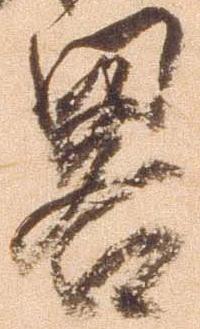
略